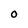
Character: 0